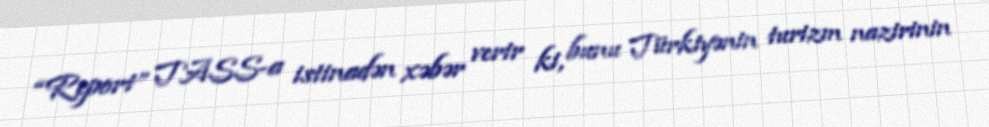
“Report” TASS-a istinadən xəbər verir ki, bunu Türkiyənin turizm nazirinin